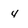
Character: 4